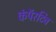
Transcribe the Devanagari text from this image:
कंपॅरटिव